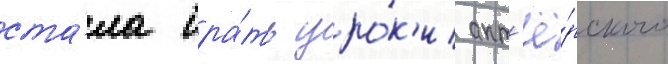
ста́ла бра́ть уро́к'и акт'ё́рского